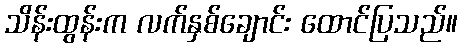
သိန်းထွန်းက လက်နှစ်ချောင်း ထောင်ပြသည်။